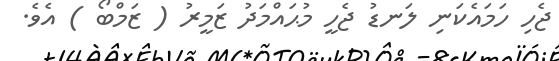
ޖެހި ހަމައެކަނި ލަނޑު ޖެހީ މުޙައްމަދު ޒަމީރު ( ޒަމްބޯ ) އެވެ.